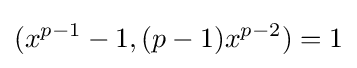
(x^{p-1}-1,(p-1)x^{p-2})=1